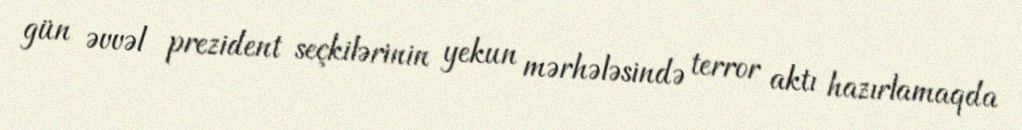
gün əvvəl prezident seçkilərinin yekun mərhələsində terror aktı hazırlamaqda